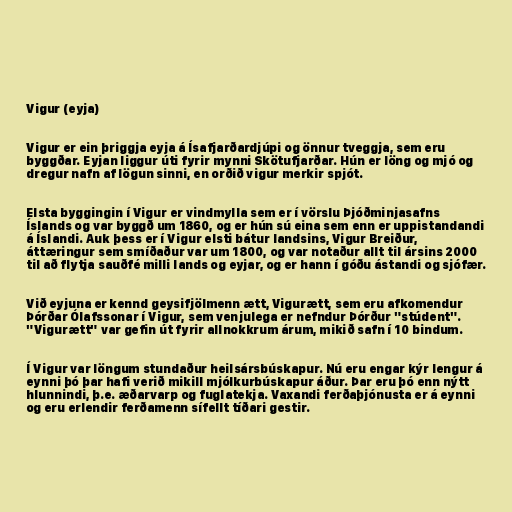
Vigur (eyja)

Vigur er ein þriggja eyja á Ísafjarðardjúpi og önnur tveggja, sem eru
byggðar. Eyjan liggur úti fyrir mynni Skötufjarðar. Hún er löng og mjó og
dregur nafn af lögun sinni, en orðið vigur merkir spjót.

Elsta byggingin í Vigur er vindmylla sem er í vörslu Þjóðminjasafns
Íslands og var byggð um 1860, og er hún sú eina sem enn er uppistandandi
á Íslandi. Auk þess er í Vigur elsti bátur landsins, Vigur Breiður,
áttæringur sem smíðaður var um 1800, og var notaður allt til ársins 2000
til að flytja sauðfé milli lands og eyjar, og er hann í góðu ástandi og sjófær.

Við eyjuna er kennd geysifjölmenn ætt, Vigurætt, sem eru afkomendur
Þórðar Ólafssonar í Vigur, sem venjulega er nefndur Þórður "stúdent".
"Vigurætt" var gefin út fyrir allnokkrum árum, mikið safn í 10 bindum.

Í Vigur var löngum stundaður heilsársbúskapur. Nú eru engar kýr lengur á
eynni þó þar hafi verið mikill mjólkurbúskapur áður. Þar eru þó enn nýtt
hlunnindi, þ.e. æðarvarp og fuglatekja. Vaxandi ferðaþjónusta er á eynni
og eru erlendir ferðamenn sífellt tíðari gestir.